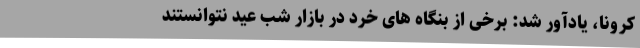
کرونا، یادآور شد: برخی از بنگاه های خرد در بازار شب عید نتوانستند